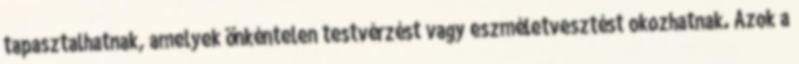
tapasztalhatnak, amelyek önkéntelen testvérzést vagy eszméletvesztést okozhatnak. Azok a